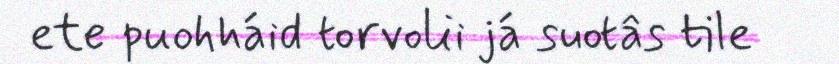
ete puohháid torvolii já suotâs tile